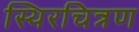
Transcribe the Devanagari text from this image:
स्थिरचित्रण